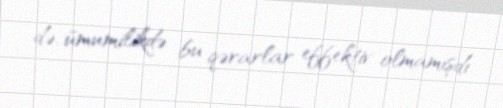
də, ümumilikdə bu qərarlar effektiv olmamışdı.